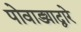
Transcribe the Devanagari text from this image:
पोवाड्याद्वारे